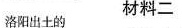
洛阳出土的 材料二